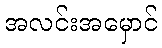
အလင်းအမှောင်